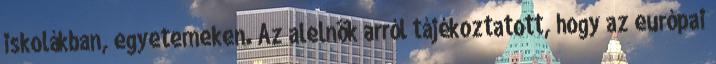
iskolákban, egyetemeken. Az alelnök arról tájékoztatott, hogy az európai